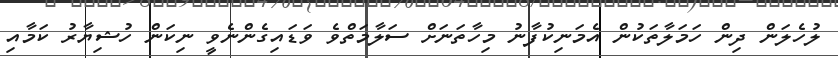
ލުހެލަން ދިން ހަމަލާތަކުން އެމަނިކުފާނު މިހާތަނަށް ސަލާމަތްވެ ވަޑައިގެންނެވީ ނިކަން ހުޝިޔާރު ކަމާއި